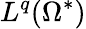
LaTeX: L^{q}(\Omega^{*})